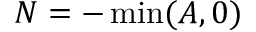
N = - \operatorname* { m i n } ( A , 0 )